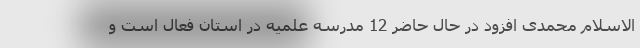
الاسلام محمدی افزود در حال حاضر 12 مدرسه علمیه در استان فعال است و